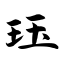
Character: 珏